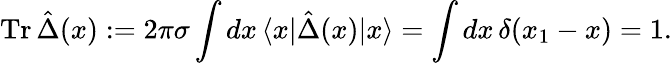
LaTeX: \mathrm{Tr}\, \hat{\Delta}(x):=2\pi\sigma\int dx\, \langle x|\hat{\Delta}(x)|x\rangle=\int dx\, \delta(x_{1}-x)=1.